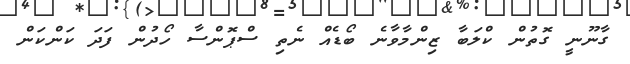
ގާނޫނީ ގޮތުން ކްލަބާ ޒިންމާވާނެ ބޯޑެއް ނެތި ސްޕޮންސާ ހޯދުން ފަދަ ކަންކަން